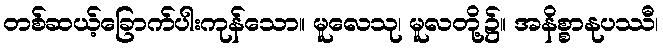
တစ်ဆယ့်ခြောက်ပါးကုန်သော။ မူလေသု၊ မူလတို့၌။ အနိစ္စာနုပဿီ၊